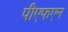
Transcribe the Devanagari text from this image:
पीएफएन